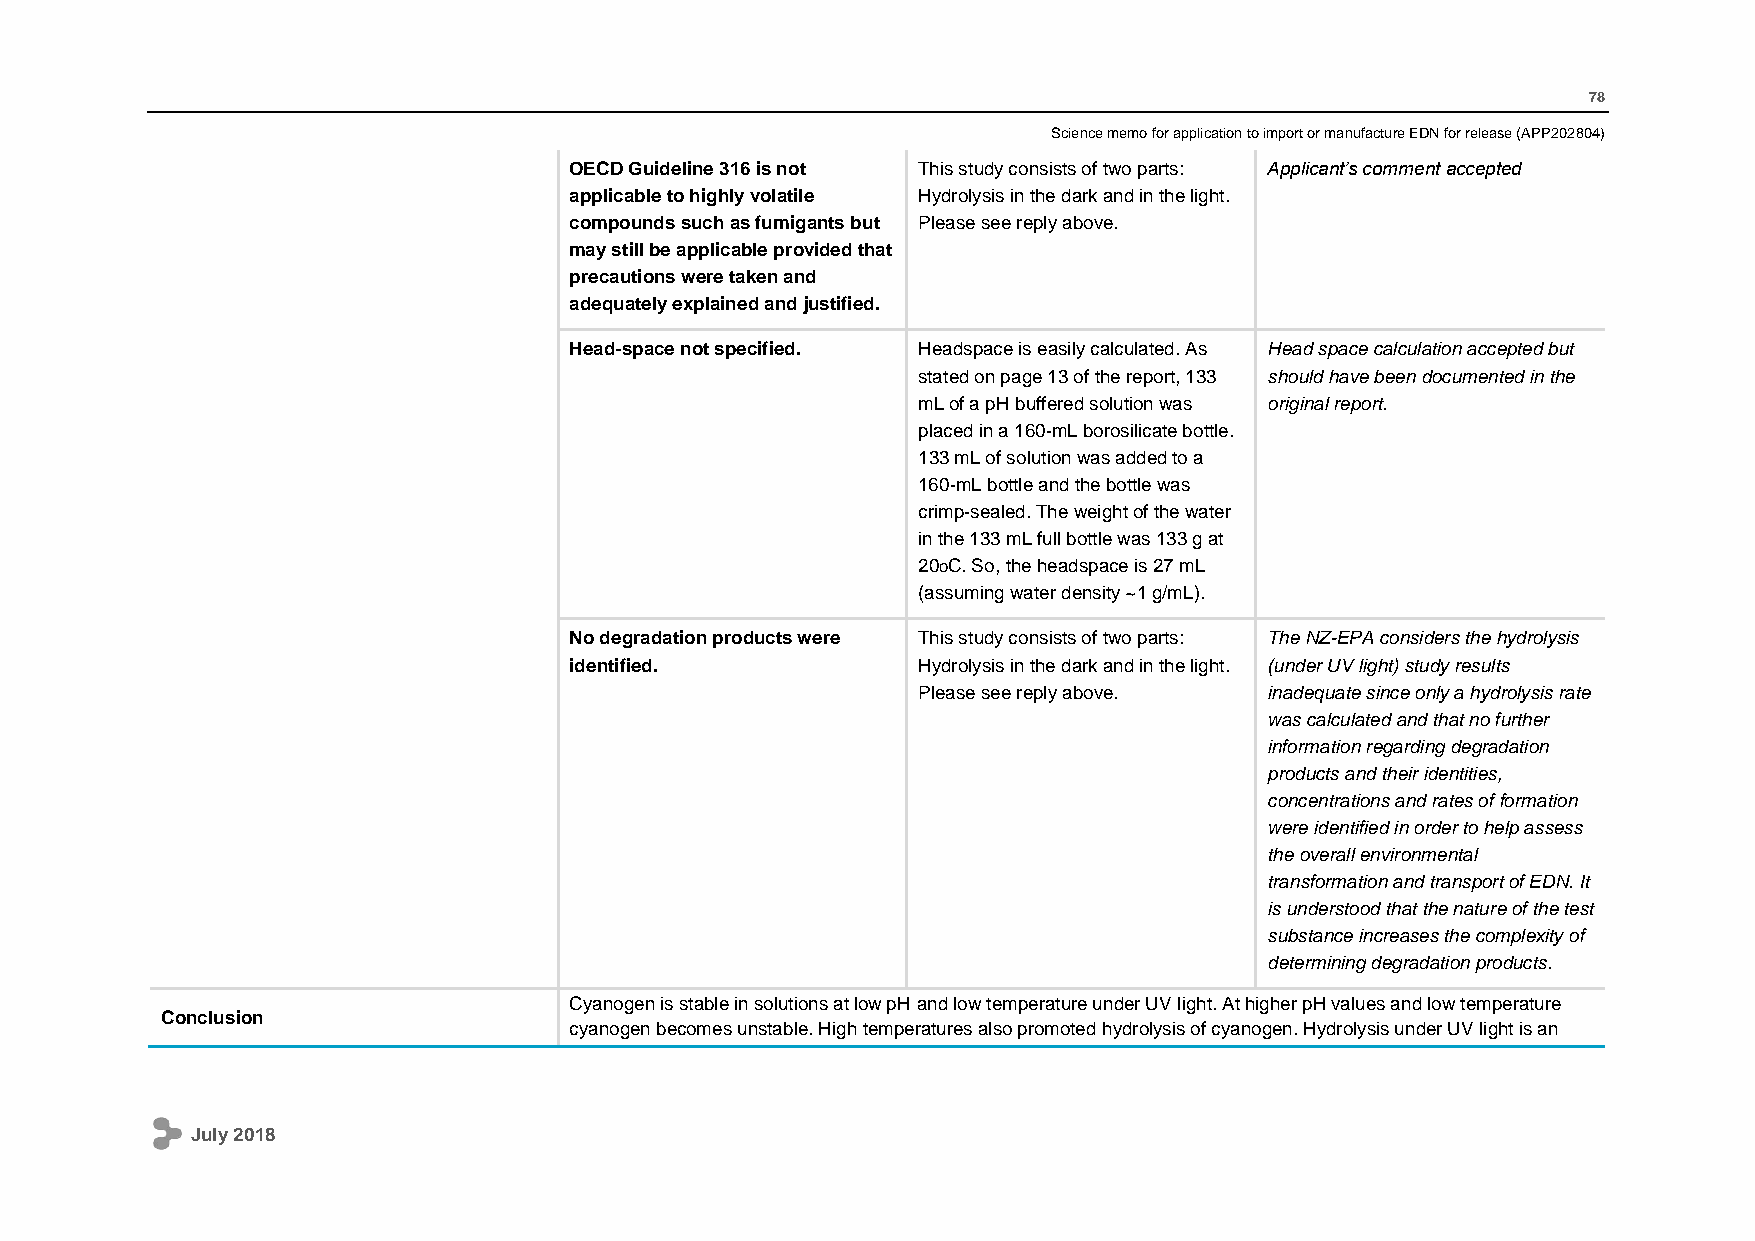
78
 Science memo for application to import or manufacture EDN for release (APP202804)
 OECD Guideline 316 is not This study consists of two parts: Applicant’s comment accepted
 applicable to highly volatile Hydrolysis in the dark and in the light.
 compounds such as fumigants but Please see reply above.
 may still be applicable provided that
 precautions were taken and
 adequately explained and justified.
 Head-space not specified. Headspace is easily calculated. As Head space calculation accepted but
 stated on page 13 of the report, 133 should have been documented in the
 mL of a pH buffered solution was original report.
 placed in a 160-mL borosilicate bottle.
 133 mL of solution was added to a
 160-mL bottle and the bottle was
 crimp-sealed. The weight of the water
 in the 133 mL full bottle was 133 g at
 20oC. So, the headspace is 27 mL
 (assuming water density ~1 g/mL).
 No degradation products were This study consists of two parts: The NZ-EPA considers the hydrolysis
 identified.            Hydrolysis in the dark and in the light. (under UV light) study results
 Please see reply above. inadequate since only a hydrolysis rate
 was calculated and that no further
 information regarding degradation
 products and their identities,
 concentrations and rates of formation
 were identified in order to help assess
 the overall environmental
 transformation and transport of EDN. It
 is understood that the nature of the test
 substance increases the complexity of
 determining degradation products.
 Cyanogen is stable in solutions at low pH and low temperature under UV light. At higher pH values and low temperature
 Conclusion
 cyanogen becomes unstable. High temperatures also promoted hydrolysis of cyanogen. Hydrolysis under UV light is an
 July 2018